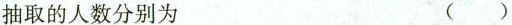
抽取的人数分别为 ()